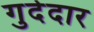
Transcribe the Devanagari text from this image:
गुदेदार